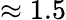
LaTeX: \approx 1.5